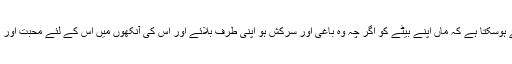
ایسا کیسے ہوسکتا ہے کہ ماں اپنے بیٹے کو اگر چہ وہ باغی اور سرکش ہو اپنی طرف بلائے اور اس کی آنکھوں میں اس کے لئے محبت اور پیار نہ ہو۔